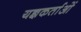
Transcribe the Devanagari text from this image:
यज्ञकर्ताओं